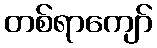
တစ်ရာကျော်